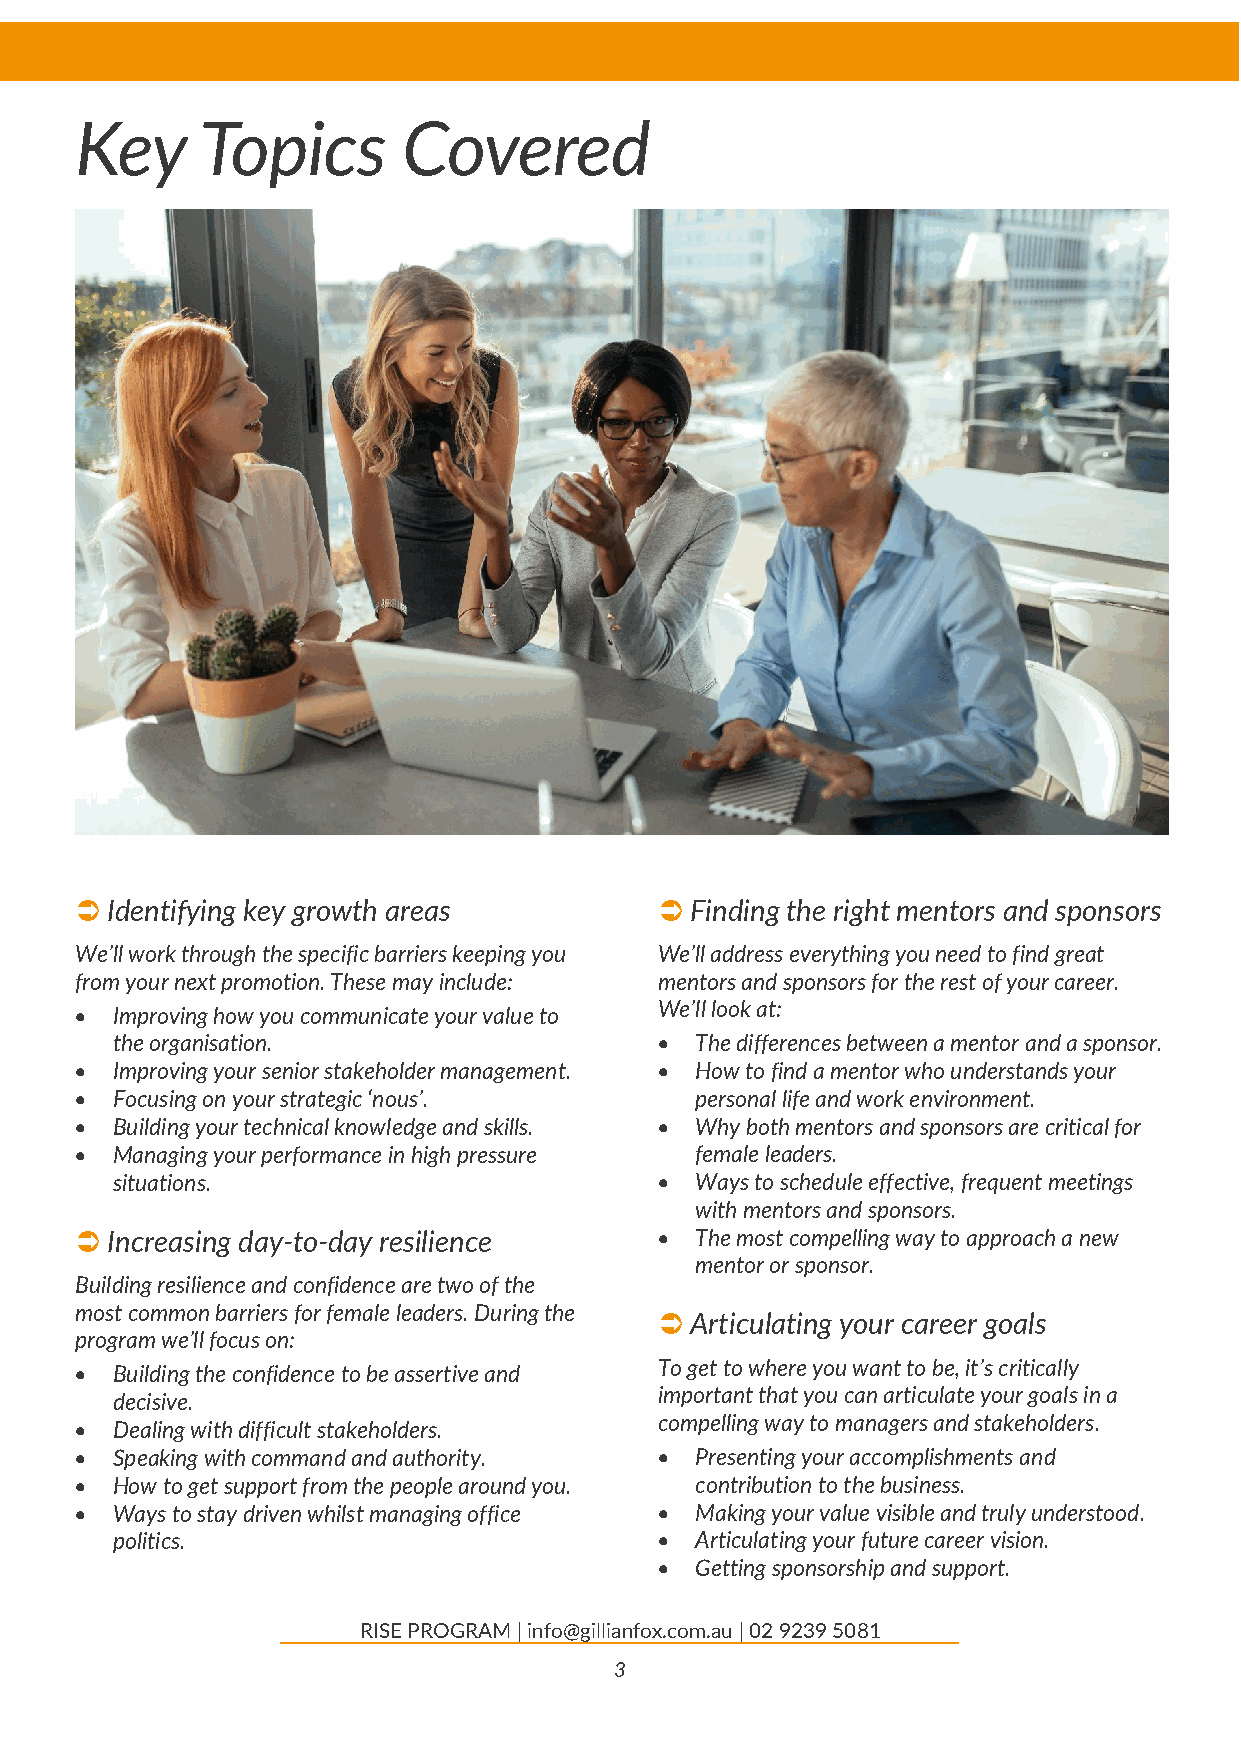
Key     Topics        Covered
  Identifying key growth areas          Finding the right mentors and sponsors
 We’ll work through the specific barriers keeping you We’ll address everything you need to find great
 from your next promotion. These may include: mentors and sponsors for the rest of your career.
 • Improving how you communicate your value to We’ll look at:
 the organisation.                    • The differences between a mentor and a sponsor.
 • Improving your senior stakeholder management. • How to find a mentor who understands your
 • Focusing on your strategic ‘nous’.     personal life and work environment.
 • Building your technical knowledge and skills. • Why both mentors and sponsors are critical for
 • Managing your performance in high pressure female leaders.
 situations.                          • Ways to schedule effective, frequent meetings
 with mentors and sponsors.
  Increasing day-to-day resilience     • The most compelling way to approach a new
 mentor or sponsor.
 Building resilience and confidence are two of the
 most common barriers for female leaders. During the
  Articulating your career goals
 program we’ll focus on:
 • Building the confidence to be assertive and
 To get to where you want to be, it’s critically
 important that you can articulate your goals in a
 decisive.
 • Dealing with difficult stakeholders.
 compelling way to managers and stakeholders.
 • Speaking with command and authority. • Presenting your accomplishments and
 • How to get support from the people around you. contribution to the business.
 • Ways to stay driven whilst managing office • Making your value visible and truly understood.
 politics.                            • Articulating your future career vision.
 • Getting sponsorship and support.
 RISE PROGRAM | info@gillianfox.com.au | 02 9239 5081
 3